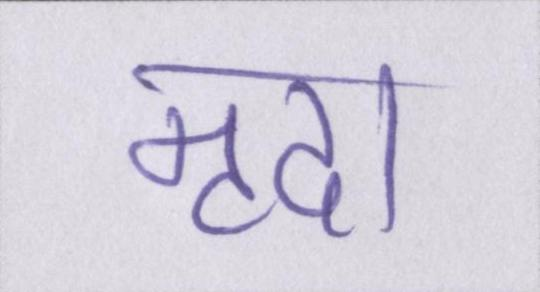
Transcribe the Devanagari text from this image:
मृदा